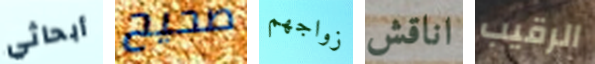
أبحاثي صحيح زواجهم اناقش الرقيب